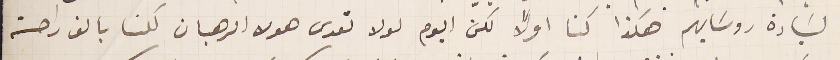
لسَيادة روسَايهم هكذا كنا اولًا لكن اليوم لولا تعدى هولا الرهبان لكنا بالف راحة